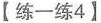
【练一练4】